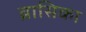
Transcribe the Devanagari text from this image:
ब्रासिका